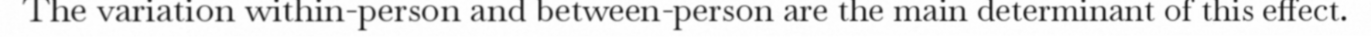
The variation within-person and between-person are the main determinant of this effect.